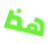
هذا